Vaccination in Bombay 1874-1876 - 1874-1876
Year: 1874
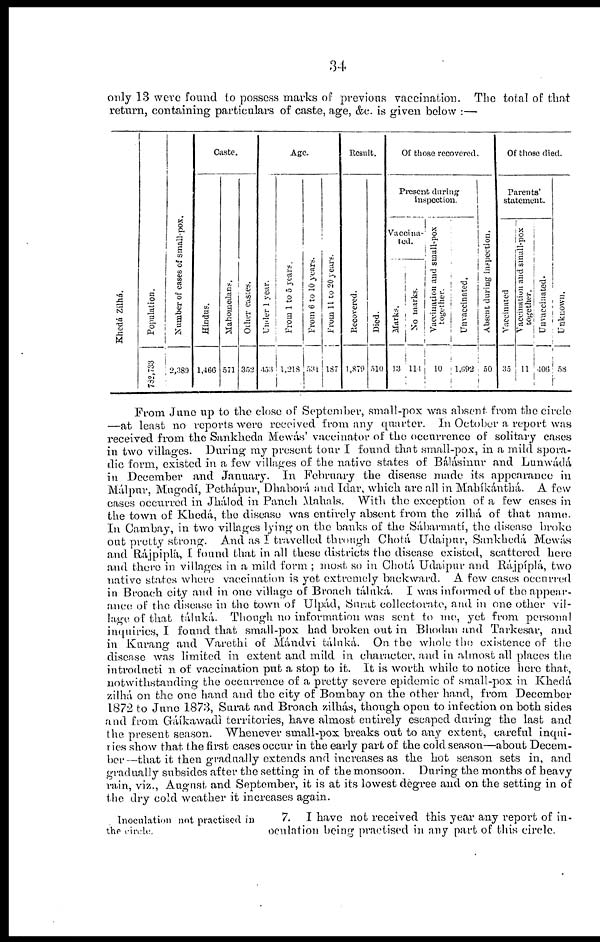
34
only 13 were found to possess marks of previous vaccination. The total of that
return, containing particulars of caste, age, &c. is given below :—
Khedá Zilhá.
Population.
782,733
Number of cases of small-pox.
2,389
Caste.
Hindus.
1,466
Mahomedans.
571
Other castes.
352
Age.
Unde r 1 year .
453
From 1 to 5 years.
1,218
From 6 to 10 years.
531
From 11 to 20 years.
187
Result.
Recovered.
1,879
Died.
510
Of those recovered.
Present during
inspection.
Vaccina-
ted.
Marks.
13
No marks.
114
Vaccination and small-pox
together.
10
Unvaccinated.
l,692
Absent during inspection.
50
Of those died.
Parents
statement.
Vaccinated
35
Vaccination and small-pox
together.
11
Unvaccinated.
406
Unknown.
58
From June up to the close of September, small-pox was absent from the circle
—at least no reports were received from any quarter. In October a report was
received from the Sankheda Mewás' vaccinator of the occurrence of solitary cases
in two villages. During my present tour I found that small-pox, in a mild spora-
dic form, existed in a few villages of the native states of Bálásinur and Lunwádá
in December and January. In February the disease made its appearance in
Málpur, Mugodí, Pethápur, Dhaborá and Idar, which are all in Mahíkánthá. A few
cases occurred in Jhálod in Panch Mahals. With the exception of a few cases in
the town of Khedá, the disease was entirely absent from the zilhá of that name.
In Cambay, in two villages lying on the banks of the Sábarmatí, the disease broke
out pretty strong. And as I travelled through Chotá Udaipur, Sankhedá Mewás
and Rájpiplá, I found that in all these districts the disease existed, scattered here
and there in villages in a mild form ; most, so in Chotá Udaipur and Rájpíplá, two
native states where vaccination is yet extremely backward. A few cases occurred
in Broach city and in one village of Broach táluká. I was informed of the appear-
ance of the disease in the town of Ulpád, Surat collectorate, and in one other vil-
lage of that tálnká. Though no information was sent to me, yet from personal
inquiries, I found that small-pox had broken out in Bhodan and Tarkesar, and
in Kurang and Varethi of Mándvi táluká. On the whole the existence of the
disease was limited in extent and mild in character, and in almost all places the
introduction of vaccination put a stop to it. It is worth while to notice here that,
not with standing the occurrence of a pretty severe epidemic of small-pox in Khedá
zilhá on the one hand and the city of Bombay on the other hand, from December
1872 to June 1873, Surat and Broach zilhás, though open to infection on both sides
and from Gáíkawadì territories, have almost entirely escaped during the last and
the present season. Whenever small-pox breaks out to any extent, careful inqui¬
ries show that the first cases occur in the early part of the cold season—about Decem-
ber—that it then gradually extends and increases as the hot season sets in, and
gradually subsides after the setting in of the monsoon. During the months of heavy
rain, viz., August and September, it is at its lowest degree and on the setting in of
the dry cold weather it increases again.
Inoculation not practised in
the circle.
7. I have not received this year any report of in-
oculation being practised in any part of this circle.